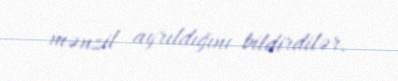
mənzil ayrıldığını bildirdilər.